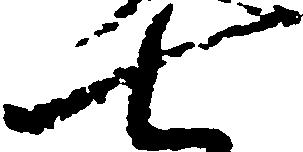
七